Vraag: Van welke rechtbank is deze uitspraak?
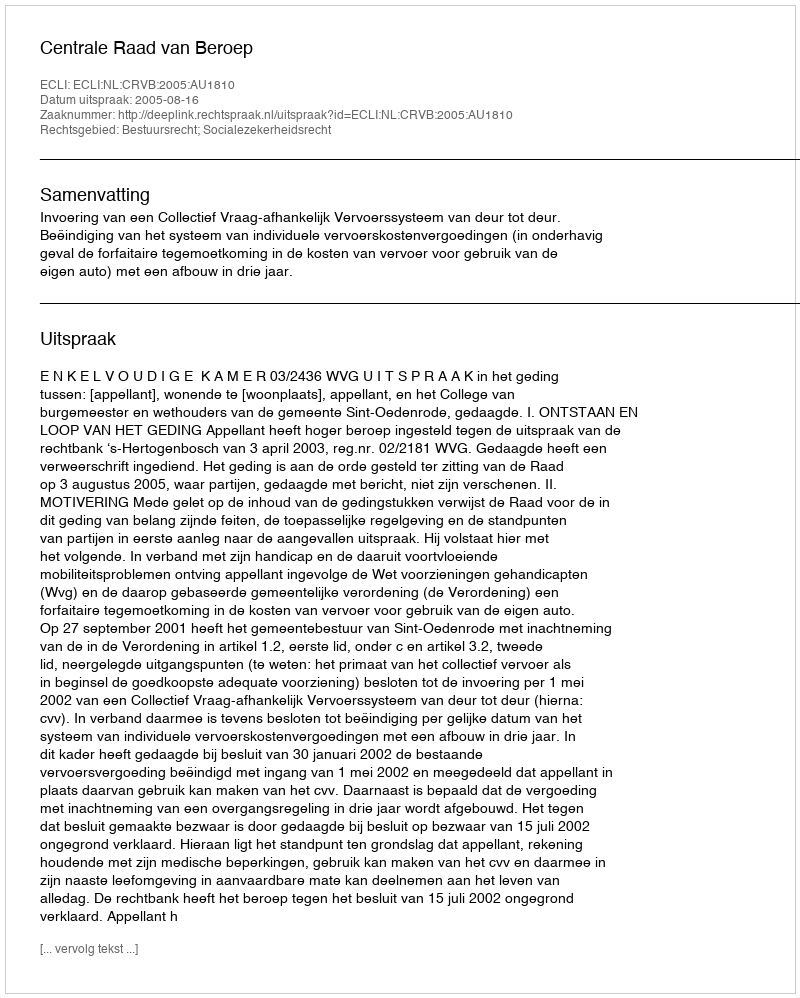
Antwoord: Centrale Raad van Beroep